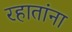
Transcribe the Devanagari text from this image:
रहातांना